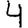
Digit: 4